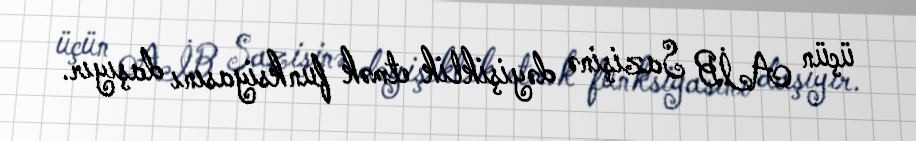
üçün AİB Sazişinə dəyişiklik etmək funksiyasını daşıyır.